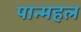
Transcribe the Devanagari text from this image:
पान्महल